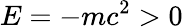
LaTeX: E=-mc^{2}>0